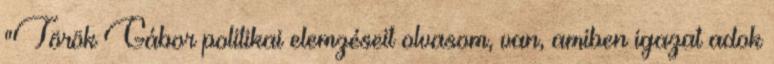
"Török Gábor politikai elemzéseit olvasom, van, amiben igazat adok